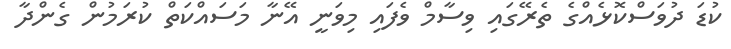
ކުޑަ ދުވަސްކޮޅެއްގެ ތެރޭގައި ވިސާމް ވެފައި މިވަނީ އޭނާ މަސައްކަތް ކުރަމުން ގެންދާ